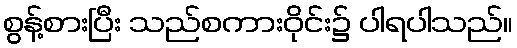
စွန့်စားပြီး သည်စကားဝိုင်း၌ ပါရပါသည်။